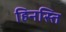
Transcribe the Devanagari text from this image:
हिनस्ति